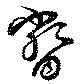
瞥